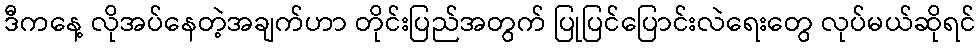
ဒီကနေ့ လိုအပ်နေတဲ့အချက်ဟာ တိုင်းပြည်အတွက် ပြုပြင်ပြောင်းလဲရေးတွေ လုပ်မယ်ဆိုရင်